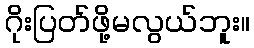
ဂိုးပြတ်ဖို့မလွယ်ဘူး။